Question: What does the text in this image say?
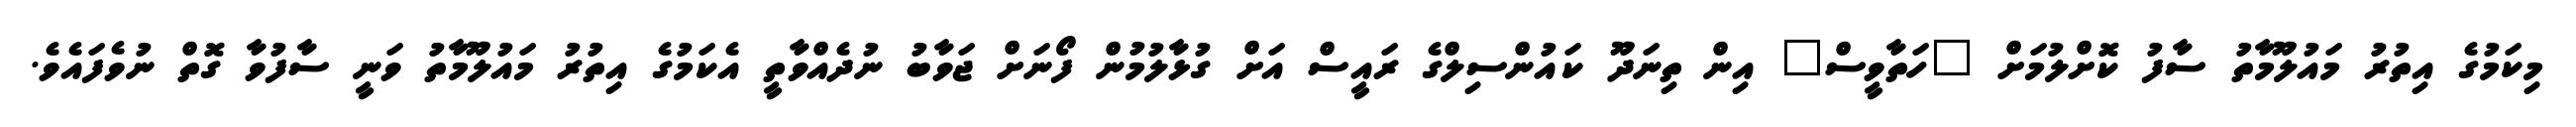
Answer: މިކަމުގެ އިތުރު މައުލޫމާތު ސާފު ކޮށްލުމަށް "ހަތާވީސް" އިން ތިނަދޫ ކައުންސިލްގެ ރައީސް އަށް ގުޅާލުމުން ފޯނަށް ޖަވާބު ނުދެއްވާތީ އެކަމުގެ އިތުރު މައުލޫމާތު ވަނީ ސާފުވާ ގޮތް ނުވެފައެވެ.